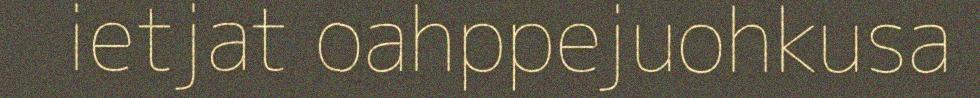
ietjat oahppejuohkusa